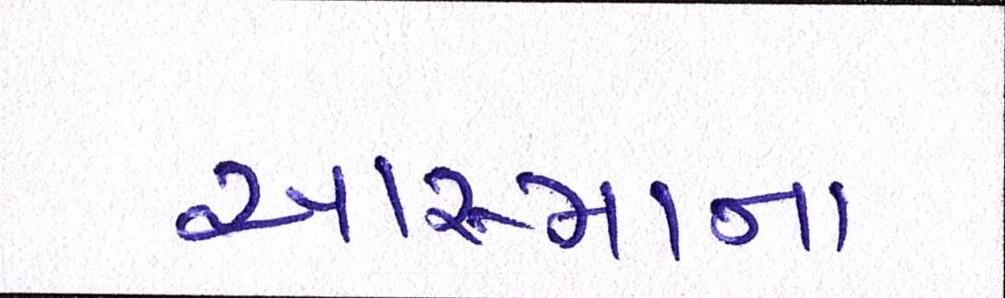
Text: આસ્માના